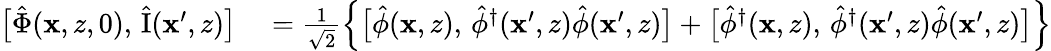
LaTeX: \begin{array}{rl}{\bigl[\hat{\Phi}(\mathbf{x},z,0),\, \hat{\mathrm{I}}(\mathbf{x}^{\prime},z)\bigr]}&{{}=\frac{1}{\sqrt{2}}\left\{ \bigl[\hat{\phi}(\mathbf{x},z),\, \hat{\phi}^{\dagger}(\mathbf{x}^{\prime},z)\hat{\phi}(\mathbf{x}^{\prime},z)\bigr]+\bigl[\hat{\phi}^{\dagger}(\mathbf{x},z),\, \hat{\phi}^{\dagger}(\mathbf{x}^{\prime},z)\hat{\phi}(\mathbf{x}^{\prime},z)\bigr]\right\} }\end{array}